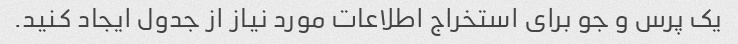
یک پرس و جو برای استخراج اطلاعات مورد نیاز از جدول ایجاد کنید.